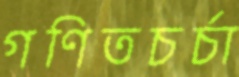
গণিতচর্চা